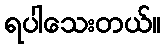
ရပါသေးတယ်။